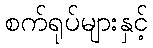
စက်ရုပ်များနှင့်